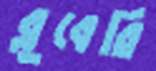
ব্লুবেরি